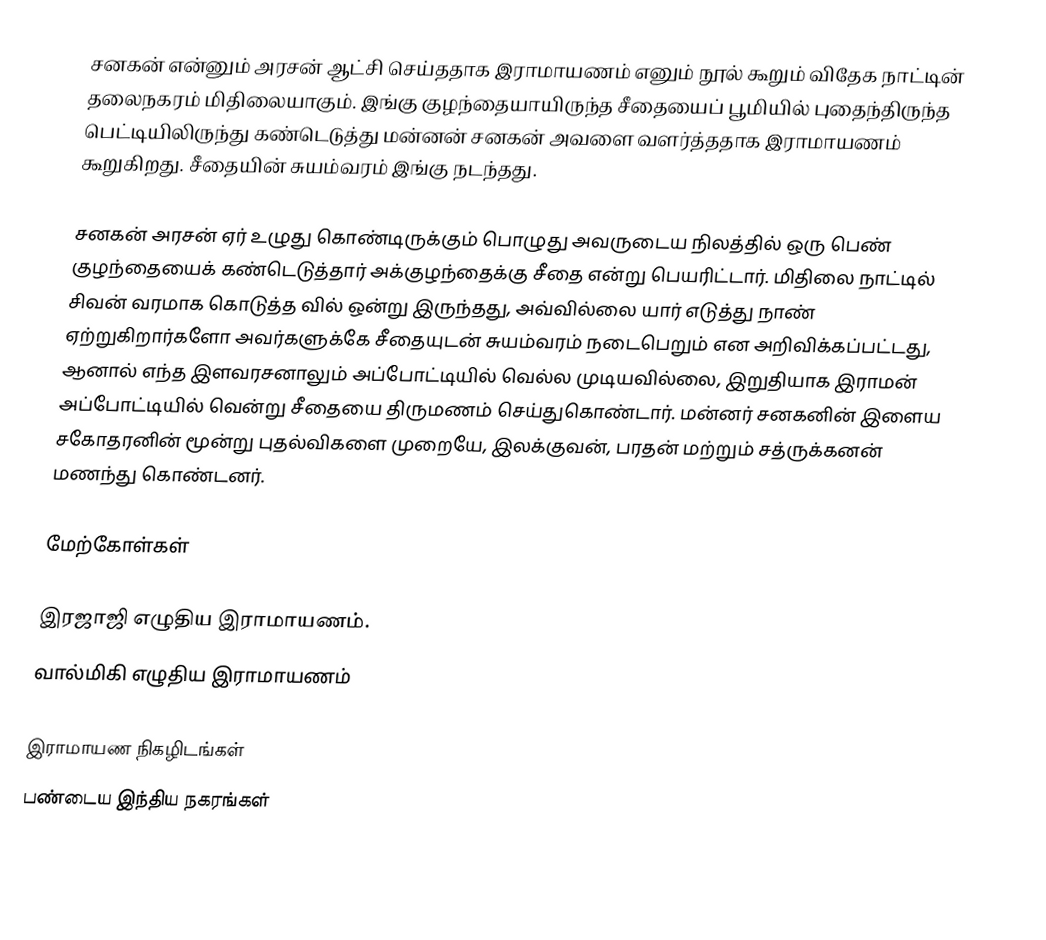
சனகன் என்னும் அரசன் ஆட்சி செய்ததாக இராமாயணம் எனும் நூல் கூறும்  விதேக நாட்டின் தலைநகரம் மிதிலையாகும். இங்கு குழந்தையாயிருந்த சீதையைப் பூமியில் புதைந்திருந்த பெட்டியிலிருந்து கண்டெடுத்து மன்னன் சனகன் அவளை வளர்த்ததாக இராமாயணம் கூறுகிறது. சீதையின் சுயம்வரம் இங்கு நடந்தது.

சனகன் அரசன் ஏர் உழுது கொண்டிருக்கும் பொழுது அவருடைய நிலத்தில் ஒரு பெண் குழந்தையைக் கண்டெடுத்தார் அக்குழந்தைக்கு சீதை என்று பெயரிட்டார். மிதிலை நாட்டில்  சிவன் வரமாக கொடுத்த வில் ஒன்று இருந்தது, அவ்வில்லை யார் எடுத்து நாண் ஏற்றுகிறார்களோ அவர்களுக்கே சீதையுடன் சுயம்வரம் நடைபெறும் என அறிவிக்கப்பட்டது, ஆனால் எந்த இளவரசனாலும் அப்போட்டியில் வெல்ல முடியவில்லை, இறுதியாக இராமன் அப்போட்டியில் வென்று சீதையை திருமணம் செய்துகொண்டார். மன்னர் சனகனின் இளைய சகோதரனின் மூன்று புதல்விகளை முறையே, இலக்குவன், பரதன் மற்றும்  சத்ருக்கனன் மணந்து கொண்டனர்.

மேற்கோள்கள்

இரஜாஜி எழுதிய இராமாயணம்.
வால்மிகி எழுதிய இராமாயணம்

இராமாயண நிகழிடங்கள்
பண்டைய இந்திய நகரங்கள்